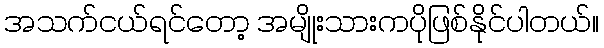
အသက်ငယ်ရင်တော့ အမျိုးသားကပိုဖြစ်နိုင်ပါတယ်။